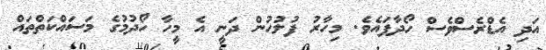
އަދި އެޑްރެސްވެސް ހޯދާފައެވެ. މިހާރު ފުލުހުން ދަނީ އެ މީހާ ހޯދުމުގެ މަސައްކަތްތައް